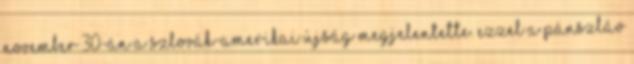
november 30-án a szlovák-amerikai újság megjelentette. Ezzel a pánszláv